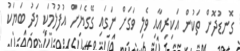
ގޮނޑުދޮށް ތަކުން އަކިރިއާއި ވެލި ވަގަށް ނަގައި ގޭގެޔަށް އުފުލުމަކީ މަދު ބަޔަކު